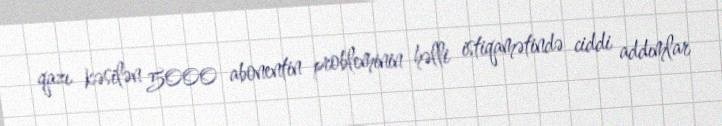
qazı kəsilən 5000 abonentin probleminin həlli istiqamətində ciddi addımlar